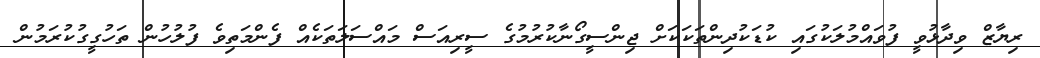
ރިޔާޒް ވިދާޅުވީ ފުވައްމުލަކުގައި ކުޑަކުދިންތަކަކަށް ޖިންސީގޯނާކުރުމުގެ ސީރިއަސް މައްސަލަތަކެއް ފެންމަތިވެ ފުލުހުން ތަހުގީގުކުރަމުން